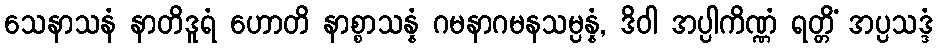
သေနာသနံ နာတိဒူရံ ဟောတိ နာစ္စာသန္နံ ဂမနာဂမနသမ္ပန္နံ, ဒိဝါ အပ္ပါကိဏ္ဏံ ရတ္တိံ အပ္ပသဒ္ဒံ